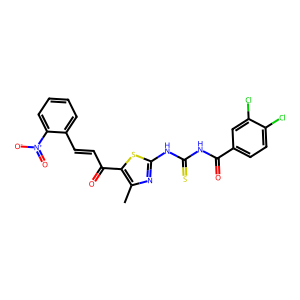
SMILES: Cc1nc(NC(=S)NC(=O)c2ccc(Cl)c(Cl)c2)sc1C(=O)C=Cc1ccccc1[N+](=O)[O-]
Inhibits HIV replication: No